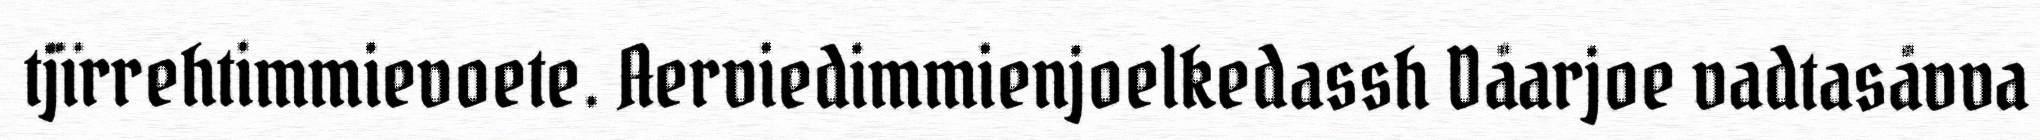
tjïrrehtimmievoete. Aerviedimmienjoelkedassh Dåarjoe vadtasåvva